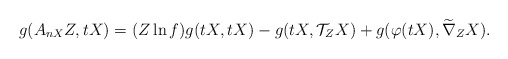
\begin{align*}g(A_{nX}Z, tX)=(Z\ln f)g(tX,tX)-g(tX,\mathcal{T}_{Z}X)+g(\varphi(tX), \widetilde\nabla_{Z}X).\end{align*}